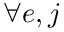
\forall e , j